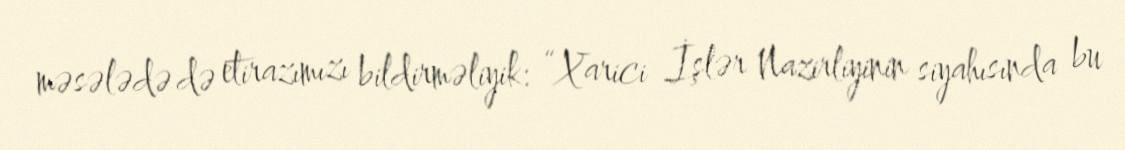
məsələdə də etirazımızı bildirməliyik: “Xarici İşlər Nazirliyinin siyahısında bu